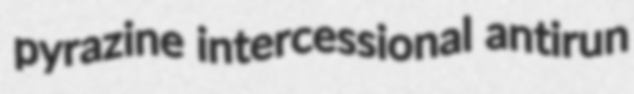
pyrazine intercessional antirun